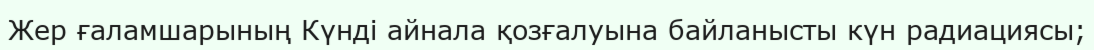
Жер ғаламшарының Күнді айнала қозғалуына байланысты күн радиациясы;